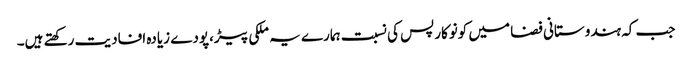
جب کہ ہندوستانی فضا میں کونوکارپس کی نسبت ہمارے یہ ملکی پیڑ،پودے زیادہ افادیت رکھتے ہیں۔